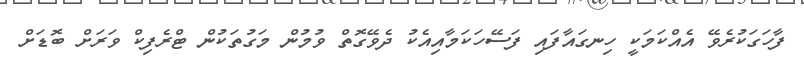
ފާހަގަކުރެވޭ އެއްކަމަކީ ހިނގައާފައި ފަސޭހަކަމާއިއެކު ދެވޭގޮތް ވުމުން މަގުތަކުން ޓްރެފިކް ވަރަށް ބޮޑަށް